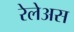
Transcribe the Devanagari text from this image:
रेलेअस